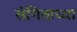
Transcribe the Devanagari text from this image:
संगिताच्या